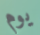
يوم